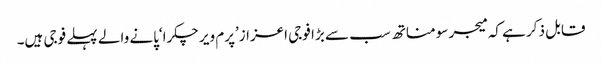
قابل ذکر ہے کہ میجر سومناتھ سب سے بڑا فوجی اعزاز’پرم ویر چکرا‘پانے والے پہلے فوجی ہیں۔